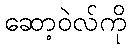
ဆော့ဝဲလ်ကို